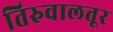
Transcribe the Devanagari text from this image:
तिरुवालत्तूर